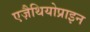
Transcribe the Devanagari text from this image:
एज़ैथियोप्राइन